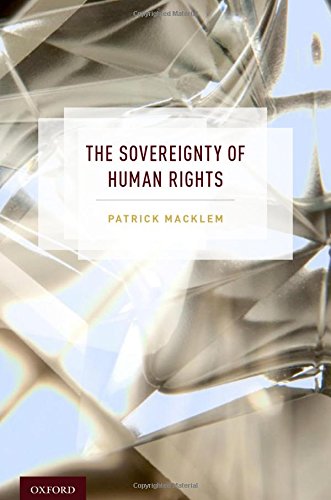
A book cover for The Sovereignty of Human Rights; Patrick Macklem; Law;